Laidoner,_Johan, lk 123
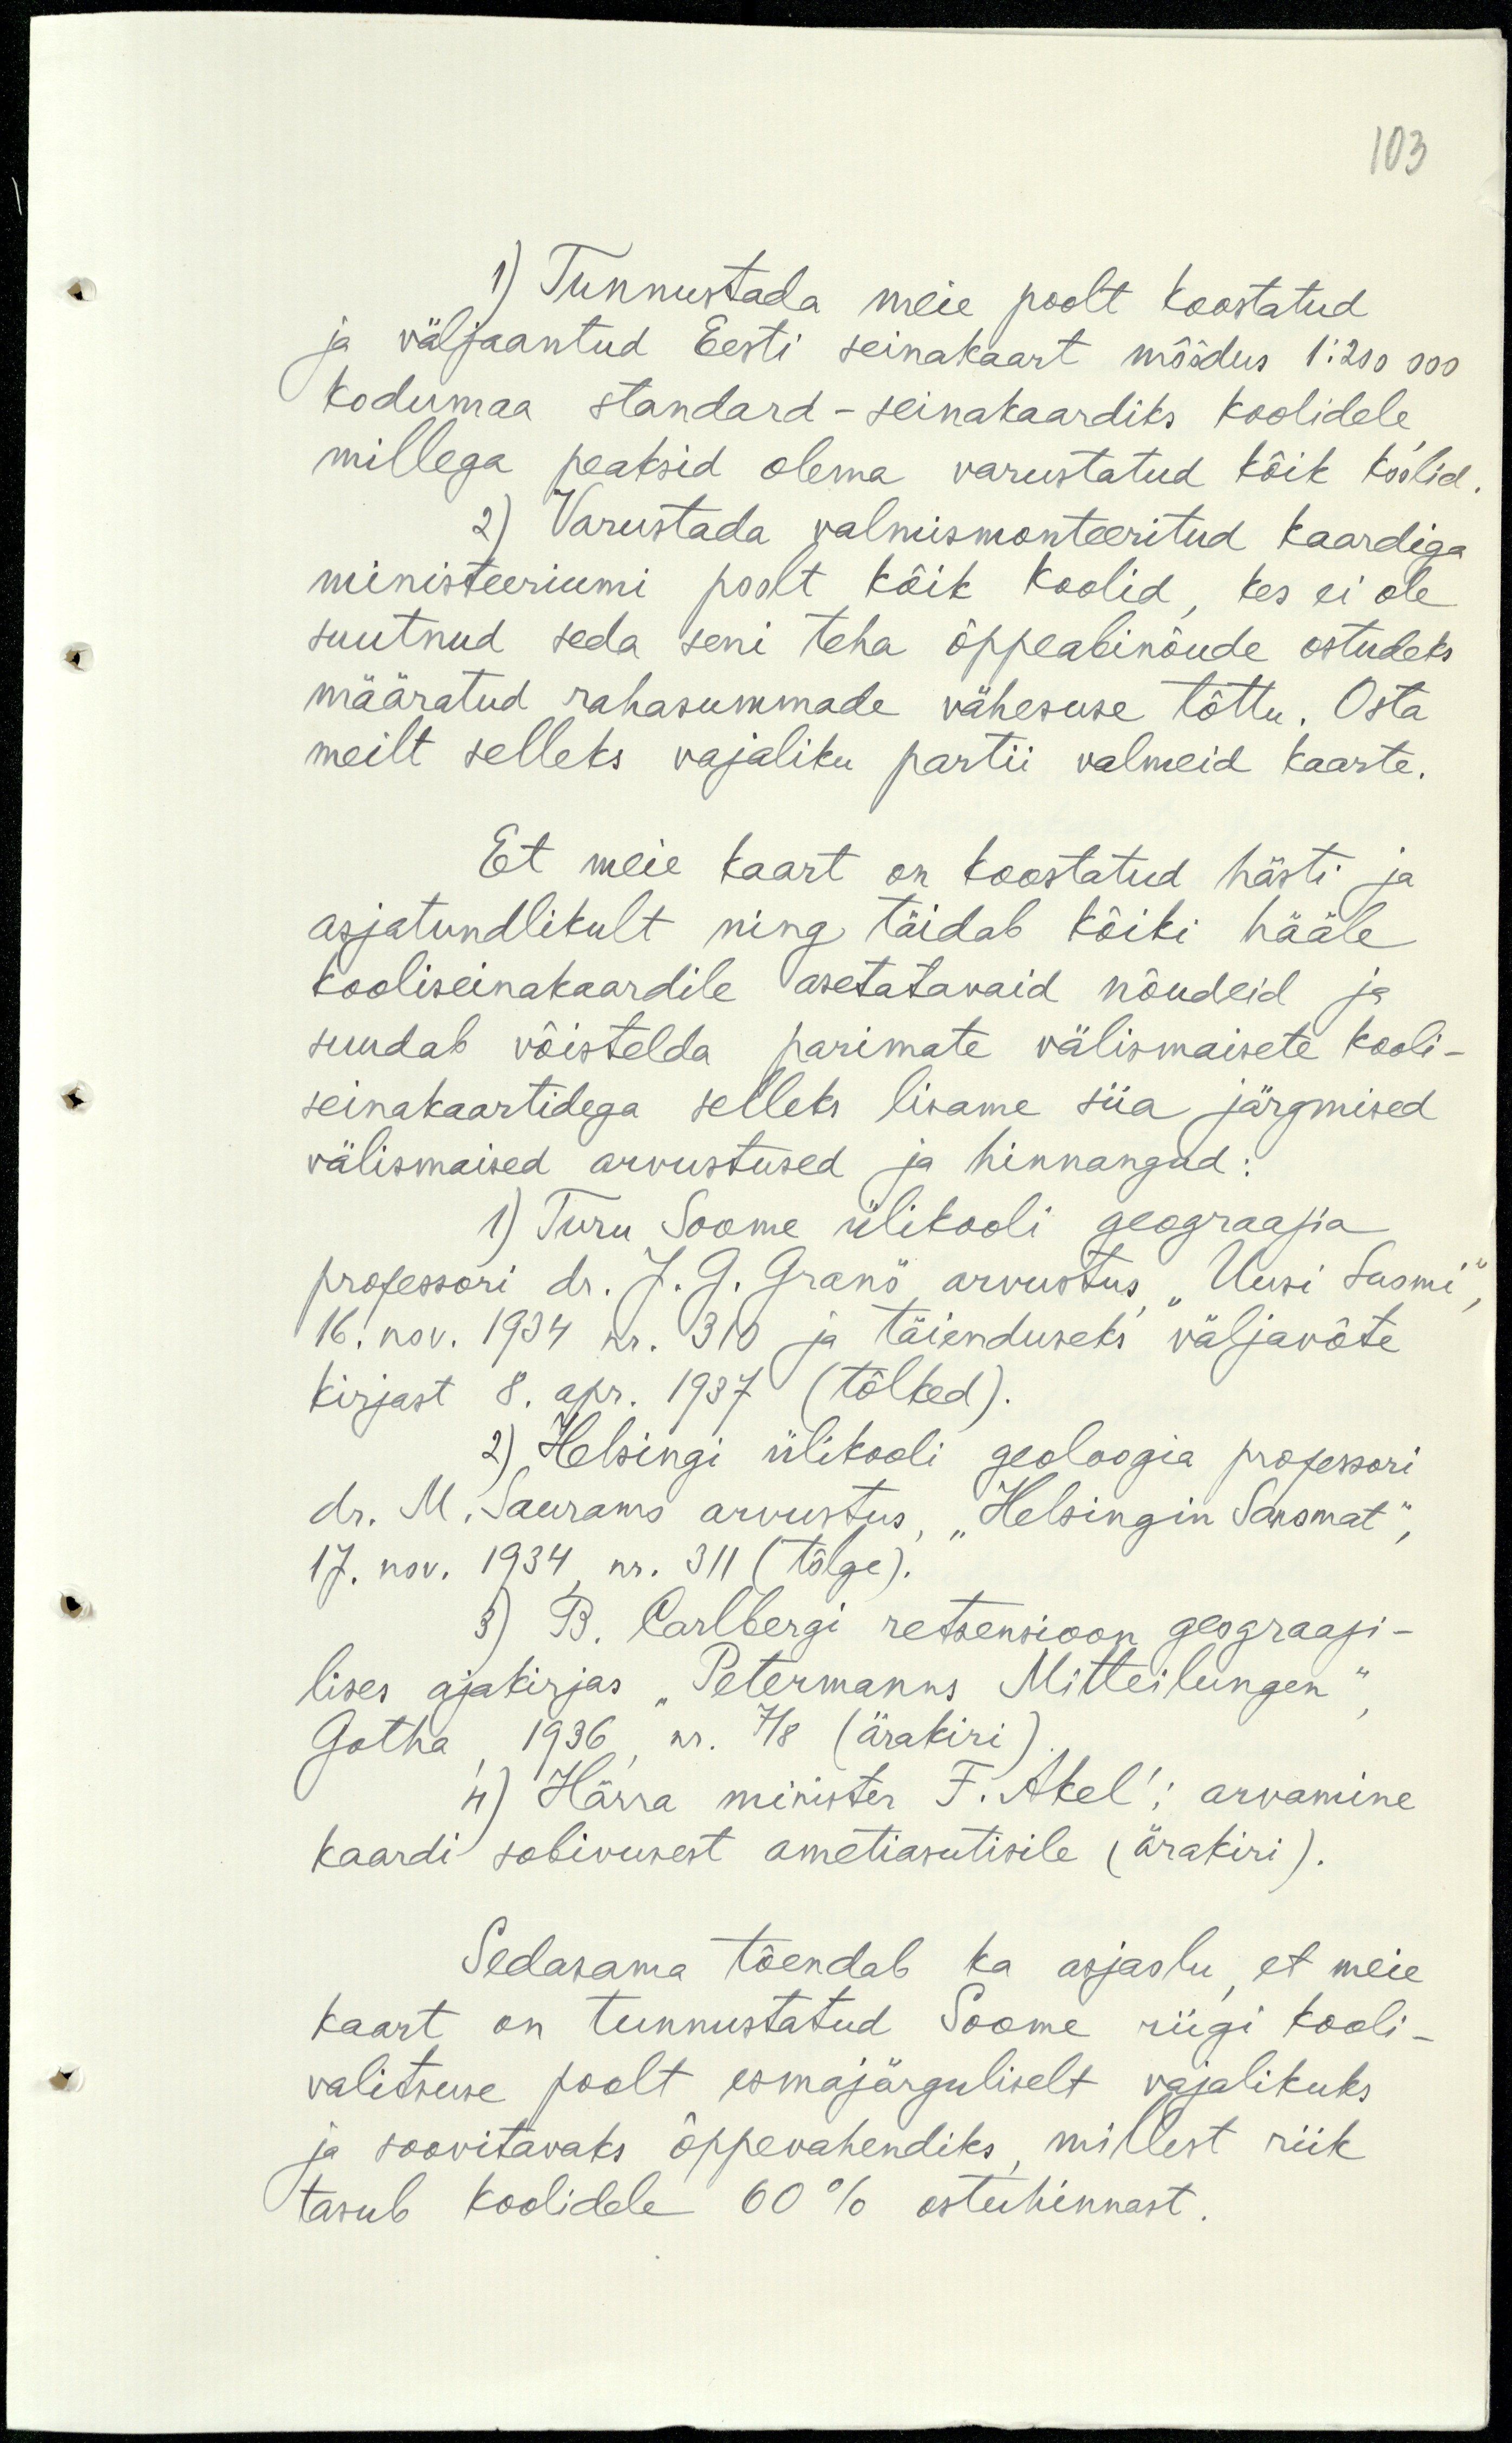
103

1) Tunnustada meie poolt koostatud
ja väljaantud Eesti seinakaart mõõdus 1:200 000
Kodumaa standard - seinakaardiks koolidele
millega peaksid olema varustatud kõik koolid
2) Varustada valmismonteeritud kaardiga
ministeeriumi poolt kõik koolid, kes ei ole
suutnud seda seni teha õppeabinõude ostudeks
määratud rahasummade vähesuse tõttu. Osta
meilt selleks vajaliku partii valmeid kaarte.
Et meie kaart on koostatud hästi ja
asjatundlikult ning täidab kõiki hääle
kooliseinakaardile asetatavaid nõudeid ja
suudab võistelda parimate välismaisete kooli-
seinakaartidega selleks lisame siia järgmised
välismaised arvustused ja hinnangud:
1) Turu Soome ülikooli geograafia
professori dr. J. G. Granö arvustus "Uusi Suomi",
16. nov. 1934 nr. 310 ja täienduseks väljavõte
kirjast 8. apr. 1937 (tõlked).
2) Helsingi ülikooli geoloogia professori
dr. M. Sauramo arvustus, "Helsingin Sanomat",
17. nov. 1934, nr. 311 (tõlge).
3) B. Carlbergi retsensioon geograafi-
lises ajakirjas "Petermanns Mitteilungen"
Gohta, 1936, nr. 718 (ärakiri).
1) Härra minister F. Akel; arvamine
kaardi sobivusest ametiasutisile (ärakiri).
Sedasama tõendab ka asjaolu, et meie
kaart on tunnustatud Soome riigi kooli-
valitsuse poolt esmajärguliselt vajalikuks
ja soovitavaks õppevahendiks, millest riik
tasub koolidele 60% ostuhinnast